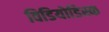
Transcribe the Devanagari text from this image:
विडियोडिस्क